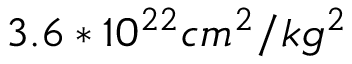
3 . 6 * 1 0 ^ { 2 2 } c m ^ { 2 } / k g ^ { 2 }